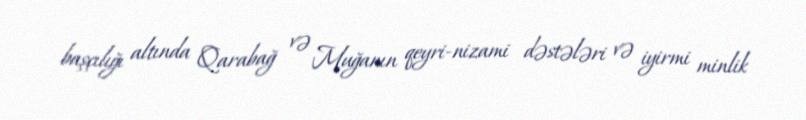
başçılığı altında Qarabağ və Muğanın qeyri-nizami dəstələri və iyirmi minlik